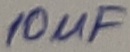
Text: 10uF